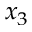
x _ { 3 }